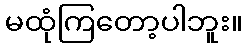
မထုံကြတော့ပါဘူး။